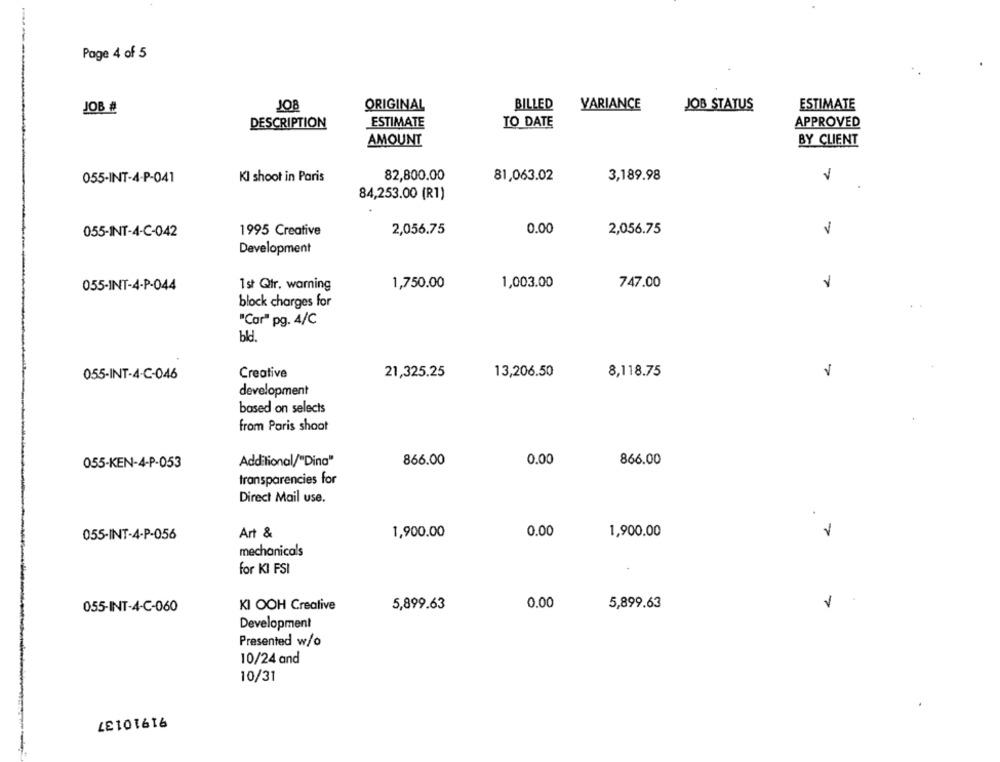
Page 4 of 5
ORIGINAL
BILLED
VARIANCE
ESTIMATE
JOB #
JOB
JOB STATUS
TO DATE
DESCRIPTION
ESTIMATE
APPROVED
AMOUNT
BY CLIENT
055-INT-4-P-041
KI shoot in Paris
82,800.00
81,063.02
3,189.98
V
84,253.00 (R1)
0.00
055-INT-4-C-042
1995 Creative
2,056.75
2,056.75
Development
055-INT-4-P-044
1st Qtr. warning
1,750.00
1,003.00
747.00
block charges for
"Car" pg. 4/C
Creative
21,325.25
13,206.50
8,118.75
V
055-INT-4-C-046
development
based on selects
from Paris shoot
055-KEN-4-P-053
Additional/"Dina"
866.00
0.00
866.00
transparencies for
Direct Mail use.
Art &
1,900.00
0.00
1,900.00
1
055-INT-4-P-056
mechanicals
for KI FSI
055-INT-4-C-060
KI OOH Creative
5,899.63
0.00
5,899.63
V
Development
Presented w/o
10/24 and
10/31
91910137